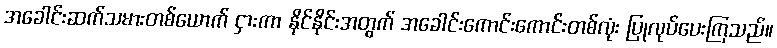
အခေါင်းဆက်သမားတစ်ယောက် ငှားကာ နိုင်နိုင်းအတွက် အခေါင်းကောင်းကောင်းတစ်လုံး ပြုလုပ်ပေးကြသည်။